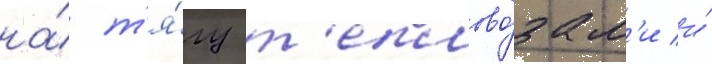
на́ т'я́гу т'еплово́зам'и и́